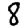
Digit: 8